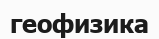
геофизика